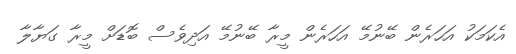
އެކަމަކު އަހަރެން ބޭނުމޭ އަހަރެން މީރާ ބޭނުމޭ އަދިވެސް ބޮޑަށް މީރާ ގަޔާލާ